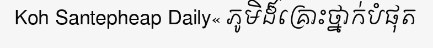
Koh Santepheap Daily« ភូមិដ៏គ្រោះថ្នាក់បំផុត